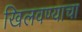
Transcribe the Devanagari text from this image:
खिलवण्याचा